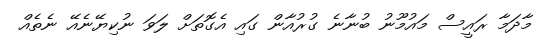
މާދަމާ ރައީސް މައުމޫނު ބުނާނެ ގުރުއާން ގައި އެގޮތަށް ލަވަ ނުކިޔޭނެއޭ ނެތެއް